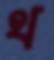
থ